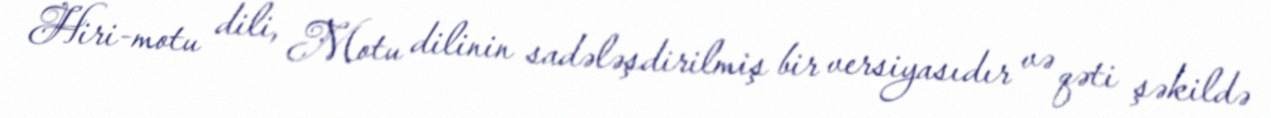
Hiri-motu dili, Motu dilinin sadələşdirilmiş bir versiyasıdır və qəti şəkildə